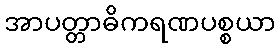
အာပတ္တာဓိကရဏပစ္စယာ